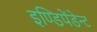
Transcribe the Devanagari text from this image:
इण्डिपेंडेन्ट